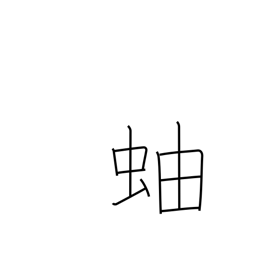
Meaning: millipede